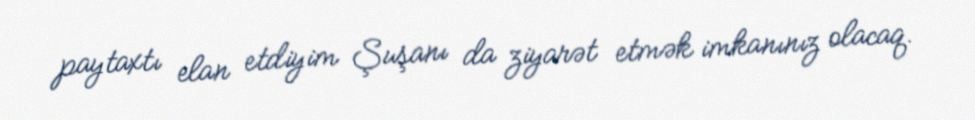
paytaxtı elan etdiyim Şuşanı da ziyarət etmək imkanınız olacaq.